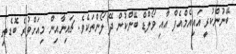
ބޭނުންކުރީ އައިއެމްއެފް އާއި ވޯލްޑް ބޭންކުން ދޭ ލޯންތަކެވެ. ޗައިނާއިން މިއަށްވުރެ ބޮޑެތި